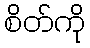
စိတ်ကို